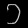
Digit: ၁